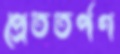
প্রেততর্পণ